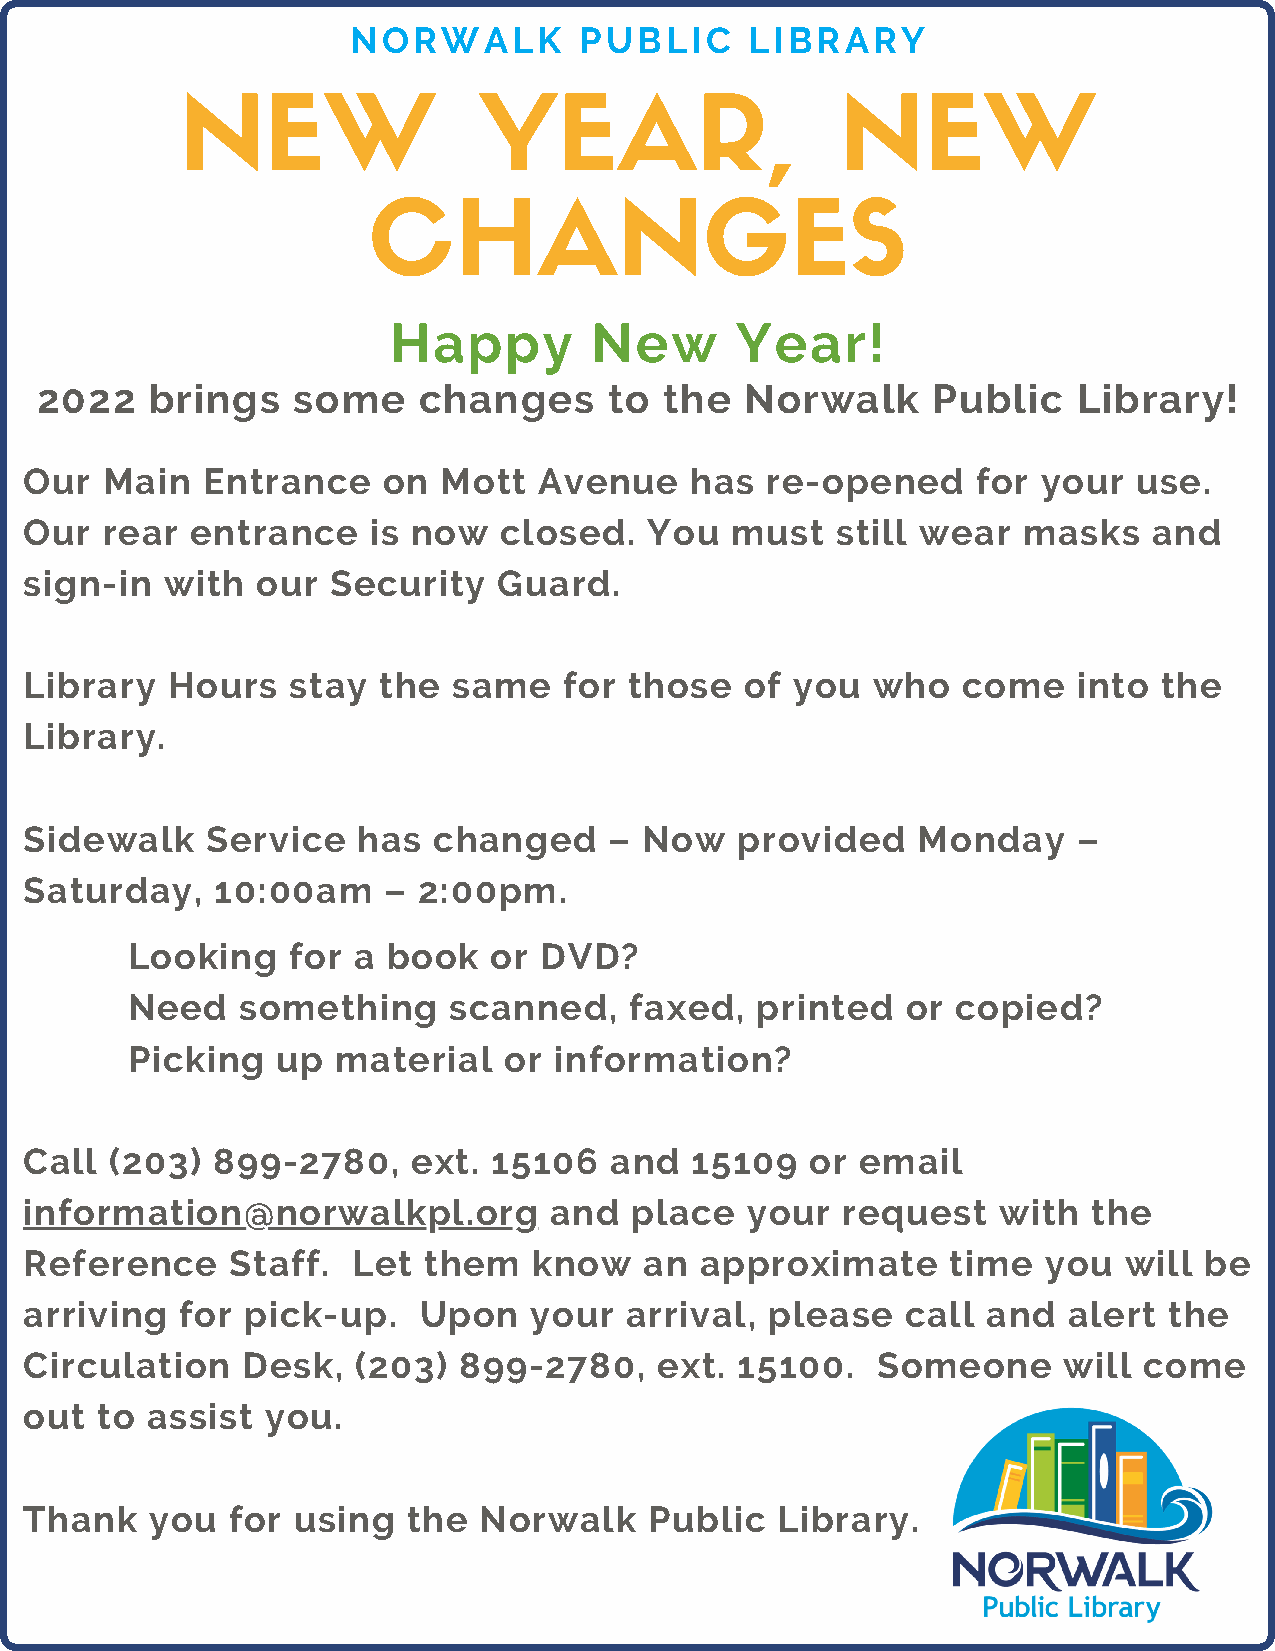
NORWALK        PUBLIC     LIBRARY
 NEW                 YEAR,                   NEW
 CHANGES
 Happy        New       Year!
 2022    brings   some     changes     to  the  Norwalk      Public   Library!
 Our  Main  Entrance    on  Mott   Avenue    has  re-opened     for your  use.
 Our  rear  entrance   is now   closed.   You  must   still wear   masks   and
 sign-in  with  our  Security   Guard.
 Library  Hours   stay  the  same   for  those  of  you  who   come   into  the
 Library.
 Sidewalk    Service   has  changed    –  Now   provided    Monday    –
 Saturday,   10:00am    –  2:00pm.
 Looking    for a  book  or  DVD?
 Need    something     scanned,    faxed,  printed   or copied?
 Picking   up  material   or  information?
 Call (203)  899-2780,    ext.  15106  and   15109   or email
 information@norwalkpl.org         and   place  your   request   with  the
 Reference    Staff.  Let  them   know    an approximate      time  you  will  be
 arriving  for pick-up.    Upon   your  arrival,  please   call and   alert the
 Circulation   Desk,   (203) 899-2780,     ext. 15100.   Someone     will  come
 out to  assist  you.
 Thank   you  for using   the  Norwalk    Public  Library.